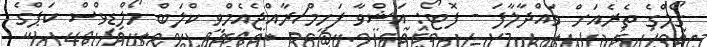
ގޯލްގެ ތެރެއަށް ވައްދާލާފަ - ފޮޓޯ: އަޝްވާ ފަހީމް/ރާއްޖެއެމްވީ ކްލަބް މޯލްޑިވްސް ކަޕްގެ